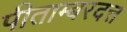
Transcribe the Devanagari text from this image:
पीताम्बरदत्त